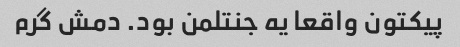
پیکتون واقعا یه جنتلمن بود. دمش گرم